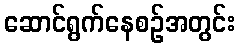
ဆောင်ရွက်နေစဉ်အတွင်း